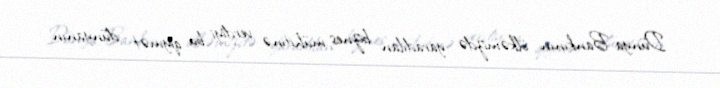
Dünya Bankının ölkəmizdə yaradılan biznes mühitinə verdiyi bu qiymət dünyanın